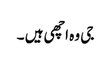
جی وہ اچھی ہیں ۔